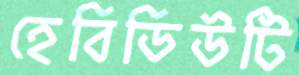
হেবিডিউটি